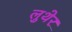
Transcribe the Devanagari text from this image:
लुथेर